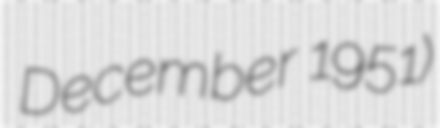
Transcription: December 1951)